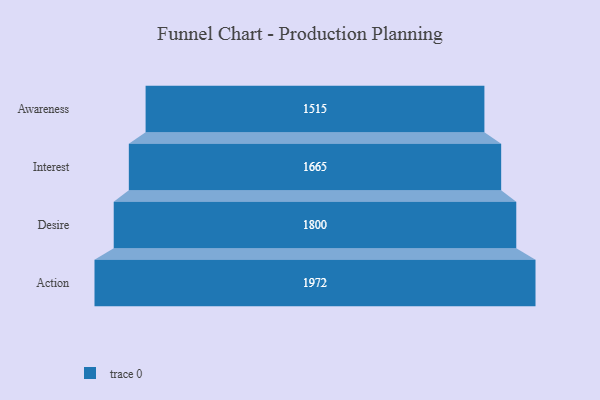
{"axis": {"x": "Stage", "y": "Value"}, "legend": [""], "data": [{"x": "Awareness", "y": 1515.0, "type": ""}, {"x": "Interest", "y": 1665.0, "type": ""}, {"x": "Desire", "y": 1800.0, "type": ""}, {"x": "Action", "y": 1972.0, "type": ""}]}